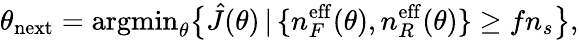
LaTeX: \theta_{\mathrm{next}}=\mathrm{argmin}_{\theta}\big\{ \hat{J}(\theta)\, |\, \{ n_{F}^{\mathrm{eff}}(\theta),n_{R}^{\mathrm{eff}}(\theta)\} \geq fn_{s}\big\} ,